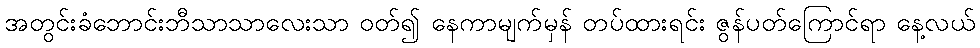
အတွင်းခံဘောင်းဘီသာသာလေးသာ ဝတ်၍ နေကာမျက်မှန် တပ်ထားရင်း ဇွန်ပတ်ကြောင်ရာ နေ့လယ်